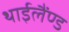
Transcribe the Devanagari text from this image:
थाईलैंण्ड